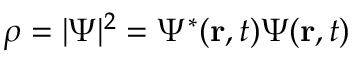
\rho = | \Psi | ^ { 2 } = \Psi ^ { * } ( \mathbf { r } , t ) \Psi ( \mathbf { r } , t ) \,